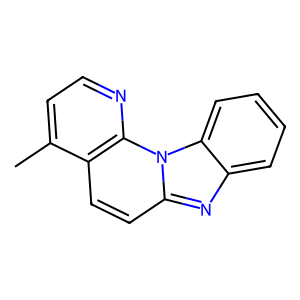
SMILES: Cc1ccnc2c1ccc1nc3ccccc3n12
Inhibits HIV replication: No